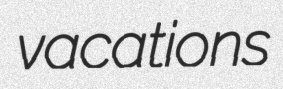
vacations